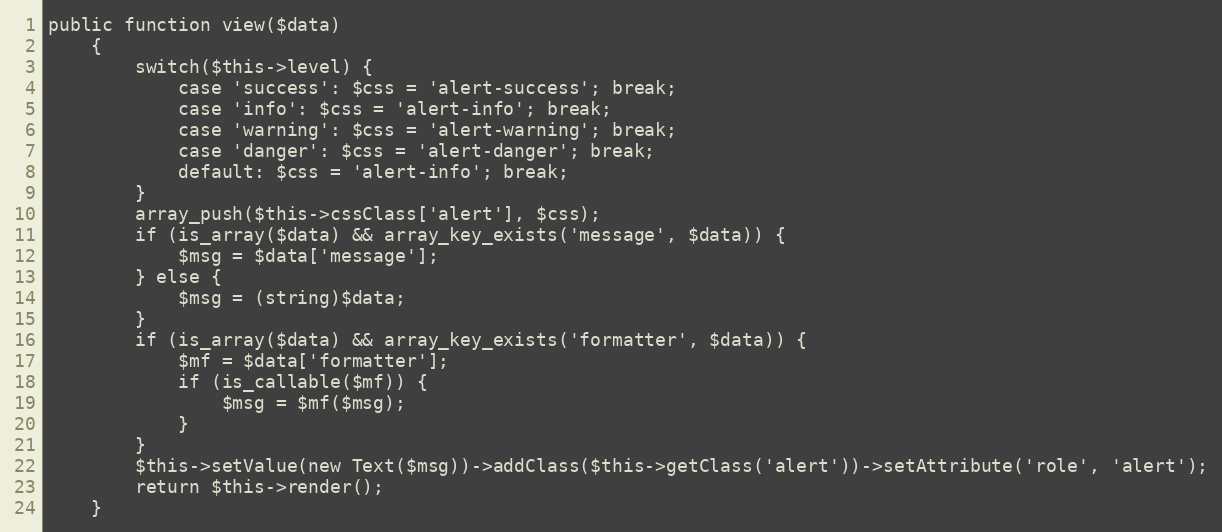
Language: PHP
public function view($data)
    {
        switch($this->level) {
            case 'success': $css = 'alert-success'; break;
            case 'info': $css = 'alert-info'; break;
            case 'warning': $css = 'alert-warning'; break;
            case 'danger': $css = 'alert-danger'; break;
            default: $css = 'alert-info'; break;
        }
        array_push($this->cssClass['alert'], $css);
        if (is_array($data) && array_key_exists('message', $data)) {
            $msg = $data['message'];
        } else {
            $msg = (string)$data;
        }
        if (is_array($data) && array_key_exists('formatter', $data)) {
            $mf = $data['formatter'];
            if (is_callable($mf)) {
                $msg = $mf($msg);
            }
        }
        $this->setValue(new Text($msg))->addClass($this->getClass('alert'))->setAttribute('role', 'alert');
        return $this->render();
    }